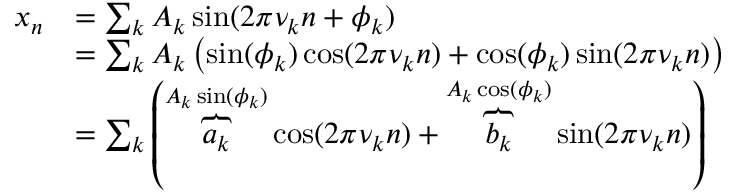
{ \begin{array} { r l } { x _ { n } } & { = \sum _ { k } A _ { k } \sin ( 2 \pi \nu _ { k } n + \phi _ { k } ) } \\ & { = \sum _ { k } A _ { k } \left( \sin ( \phi _ { k } ) \cos ( 2 \pi \nu _ { k } n ) + \cos ( \phi _ { k } ) \sin ( 2 \pi \nu _ { k } n ) \right) } \\ & { = \sum _ { k } \left( \overbrace { a _ { k } } ^ { A _ { k } \sin ( \phi _ { k } ) } \cos ( 2 \pi \nu _ { k } n ) + \overbrace { b _ { k } } ^ { A _ { k } \cos ( \phi _ { k } ) } \sin ( 2 \pi \nu _ { k } n ) \right) } \end{array} }